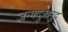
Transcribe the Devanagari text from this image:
जन्मदुःखनुदं